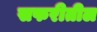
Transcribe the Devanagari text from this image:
सफरीतील